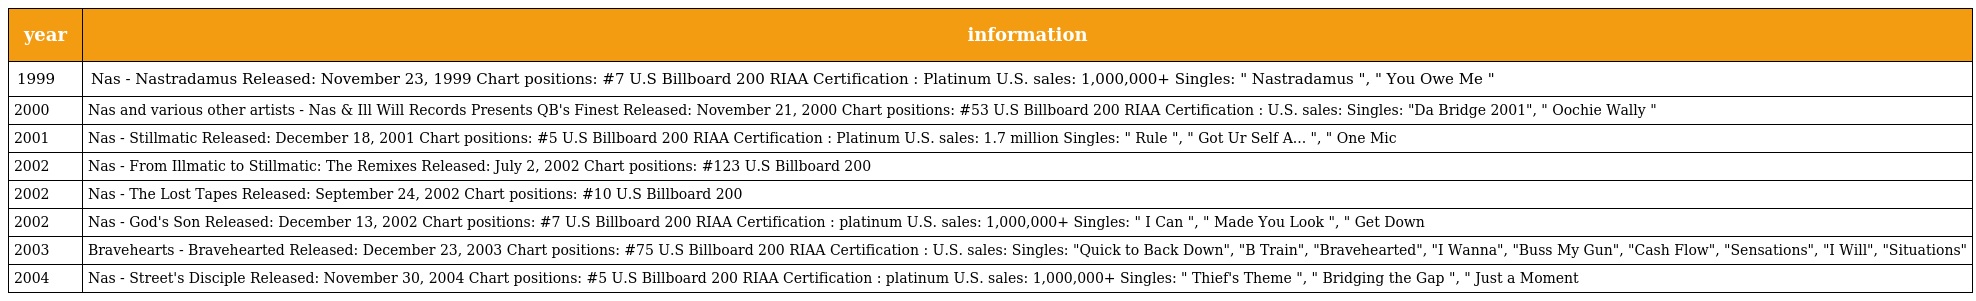
| year | information |
 | --- | --- |
 | 1999 | Nas - Nastradamus Released: November 23, 1999 Chart positions: #7 U.S Billboard 200 RIAA Certification : Platinum U.S. sales: 1,000,000+ Singles: " Nastradamus ", " You Owe Me " |
 | 2000 | Nas and various other artists - Nas & Ill Will Records Presents QB's Finest Released: November 21, 2000 Chart positions: #53 U.S Billboard 200 RIAA Certification : U.S. sales: Singles: "Da Bridge 2001", " Oochie Wally " |
 | 2001 | Nas - Stillmatic Released: December 18, 2001 Chart positions: #5 U.S Billboard 200 RIAA Certification : Platinum U.S. sales: 1.7 million Singles: " Rule ", " Got Ur Self A... ", " One Mic |
 | 2002 | Nas - From Illmatic to Stillmatic: The Remixes Released: July 2, 2002 Chart positions: #123 U.S Billboard 200 |
 | 2002 | Nas - The Lost Tapes Released: September 24, 2002 Chart positions: #10 U.S Billboard 200 |
 | 2002 | Nas - God's Son Released: December 13, 2002 Chart positions: #7 U.S Billboard 200 RIAA Certification : platinum U.S. sales: 1,000,000+ Singles: " I Can ", " Made You Look ", " Get Down |
 | 2003 | Bravehearts - Bravehearted Released: December 23, 2003 Chart positions: #75 U.S Billboard 200 RIAA Certification : U.S. sales: Singles: "Quick to Back Down", "B Train", "Bravehearted", "I Wanna", "Buss My Gun", "Cash Flow", "Sensations", "I Will", "Situations" |
 | 2004 | Nas - Street's Disciple Released: November 30, 2004 Chart positions: #5 U.S Billboard 200 RIAA Certification : platinum U.S. sales: 1,000,000+ Singles: " Thief's Theme ", " Bridging the Gap ", " Just a Moment |